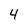
Character: 4